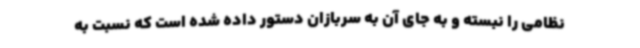
نظامی را نبسته و به جای آن به سربازان دستور داده شده است که نسبت به